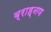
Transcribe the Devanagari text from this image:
ब्राह्नण